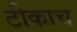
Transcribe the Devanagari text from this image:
टीकाच